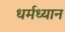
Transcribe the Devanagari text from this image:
धर्मध्यान